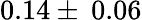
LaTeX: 0.14\pm\: 0.06